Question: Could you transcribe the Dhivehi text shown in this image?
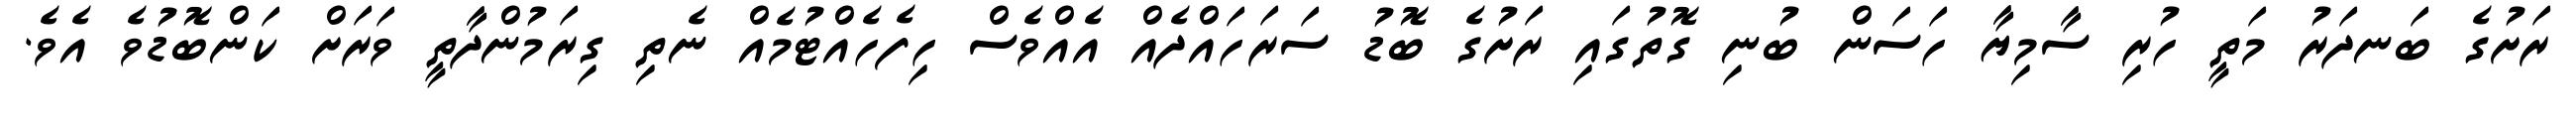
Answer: ރަށުގެ ބަނދަރު މަތީ ހުރި ސާމިޔާ ހަސަން ބުނި ގޮތުގައި ރަށުގެ ބޮޑު ސަރަހައްދެއް އެއްވެސް ހިފެހެއްޓުމެއް ނެތި ގިރަމުންދާތީ ވަރަށް ކަންބޮޑުވެ އެވެ.